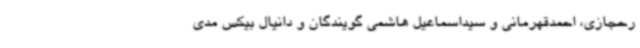
رحجازی، احمدقهرمانی و سیداسماعیل هاشمی گویندگان و دانیال بیکس مدی